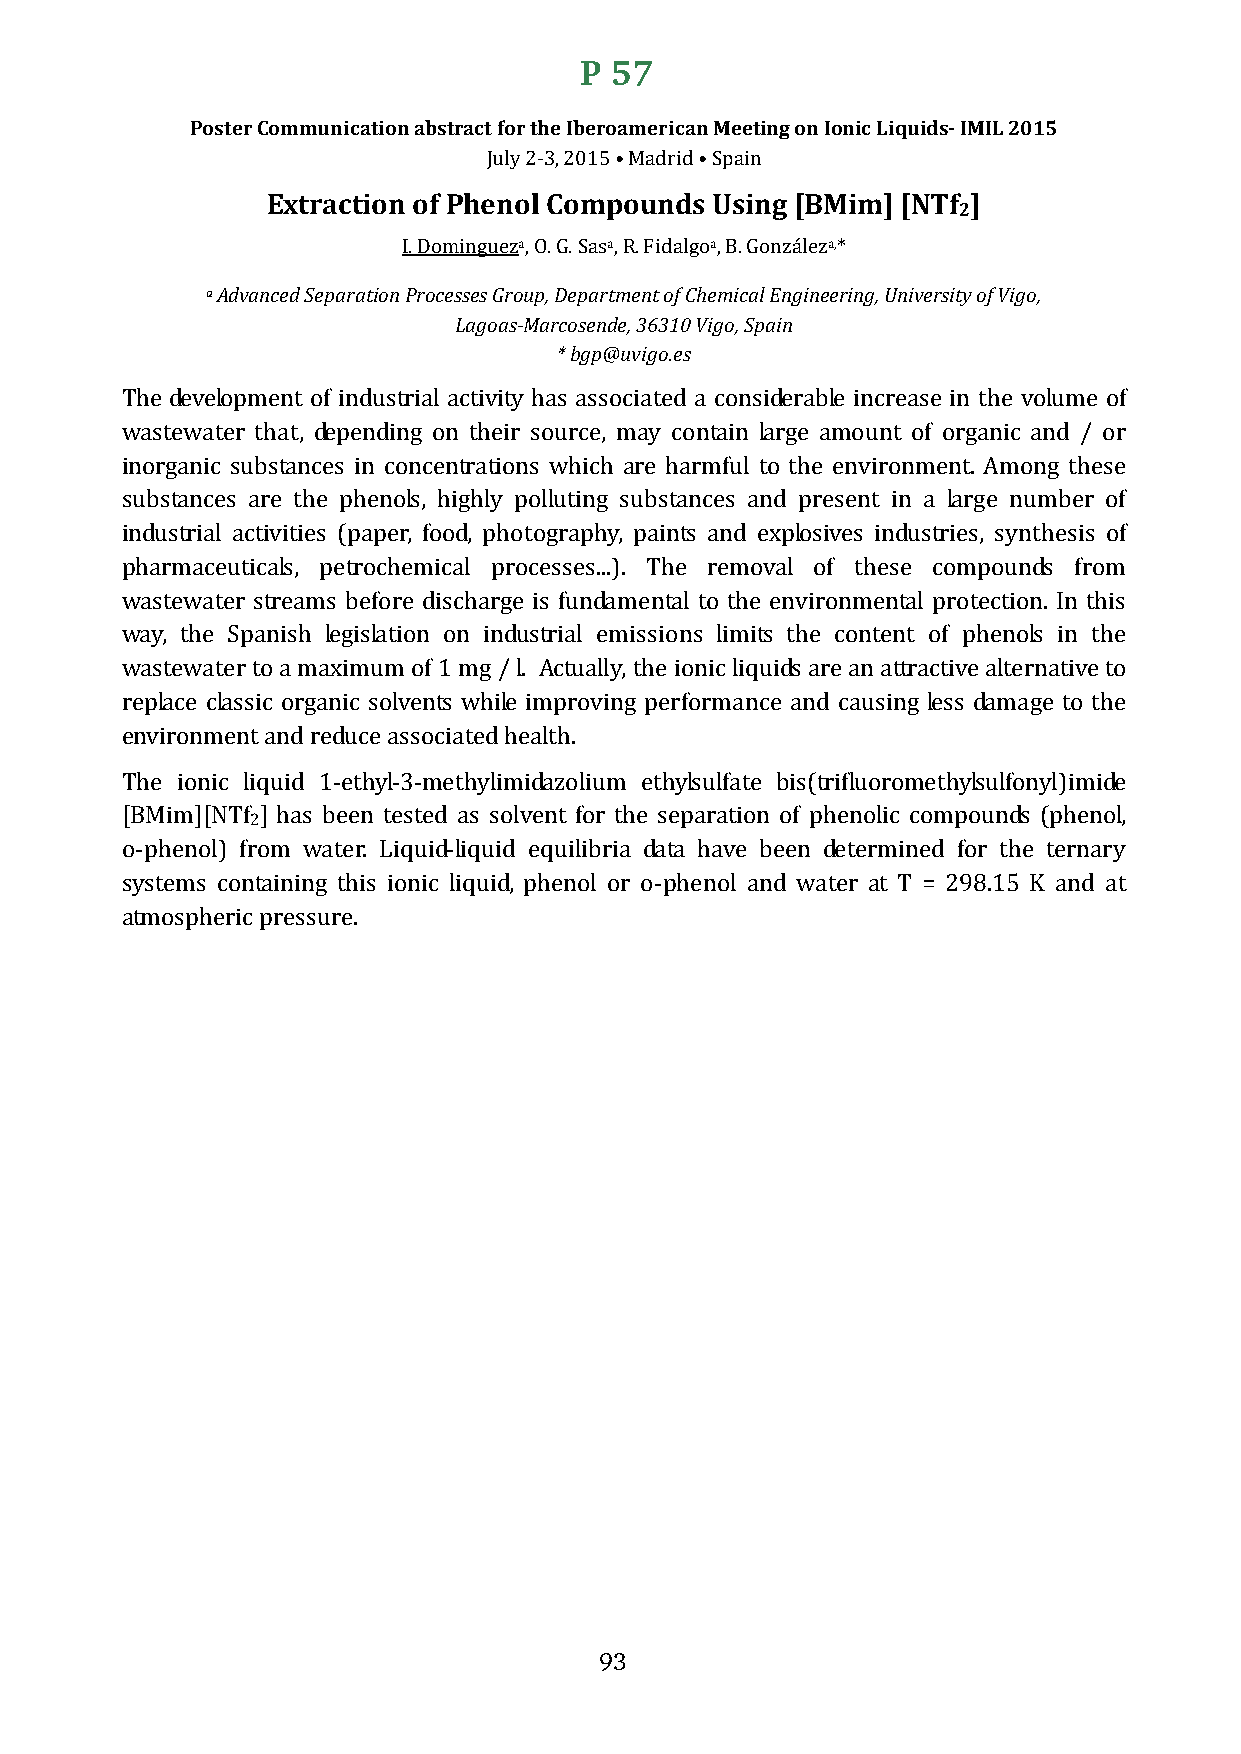
P 57
 Poster Communication abstract for the Iberoamerican Meeting on Ionic Liquids- IMIL 2015
 Extraction of PheJunlyo 2l- 3C, o20m15p •o Muadnrdids • SUpsaiinn g [BMim] [NTf ]
 2
 a     a      a       a,
 a Advanced Separation IP. rDoocmesisnegsu Gerzou, Op,. DGe. Spaasrt,m Re. nFti doaf lCghoe,m Bi.c Galo Ennzáglienzee*r i ng, University of Vigo,
 Lagoas-Marcosende, 36310 Vigo, Spain
 * bgp@uvigo.es
 The development of industrial activity has associated a considerable increase in the volume of
 wastewater that, depending on their source, may contain large amount of organic and / or
 inorganic substances in concentrations which are harmful to the environment. Among these
 substances are the phenols, highly polluting substances and present in a large number of
 industrial activities (paper, food, photography, paints and explosives industries, synthesis of
 pharmaceuticals, petrochemical processes...). The removal of these compounds from
 wastewater streams before discharge is fundamental to the environmental protection. In this
 way, the Spanish legislation on industrial emissions limits the content of phenols in the
 wastewater to a maximum of 1 mg / l. Actually, the ionic liquids are an attractive alternative to
 replace classic organic solvents while improving performance and causing less damage to the
 environment and reduce associated health.
 The ionic liquid 1-ethyl-3-methylimidazolium ethylsulfate bis(trifluoromethylsulfonyl)imide
 2
 [BMim][NTf ] has been tested as solvent for the separation of phenolic compounds (phenol,
 o-phenol) from water. Liquid-liquid equilibria data have been determined for the ternary
 systems containing this ionic liquid, phenol or o-phenol and water at T = 298.15 K and at
 atmospheric pressure.
 93